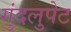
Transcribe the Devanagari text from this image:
गुंदलुपेट